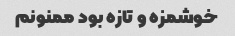
خوشمزه و تازه بود ممنونم